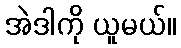
အဲဒါကို ယူမယ်။